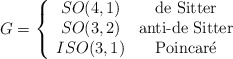
\begin{align*}G=\left\{\begin{array}{cc}SO(4,1) & \textrm{de Sitter} \\SO(3,2) & \textrm{anti-de Sitter} \\ISO(3,1) & \textrm{Poincar\'{e}}\end{array}\right. \end{align*}